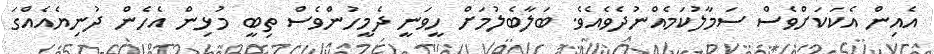
އެއިން އެކަކަށްވެސް ސަމާލުކަމެެއްނުދެވެއެވެ. ބަލާބެލުމަށް ހީވަނީ ދެމީހުންވެސް ތިބީ މުޅިން އެހެން ދުނިޔެއެއްގަ